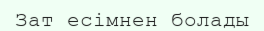
Зат есімнен болады